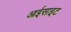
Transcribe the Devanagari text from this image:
आईसाइट